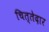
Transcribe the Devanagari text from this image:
चित्तेदार